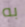
به